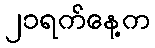
၂၁ရက်နေ့က